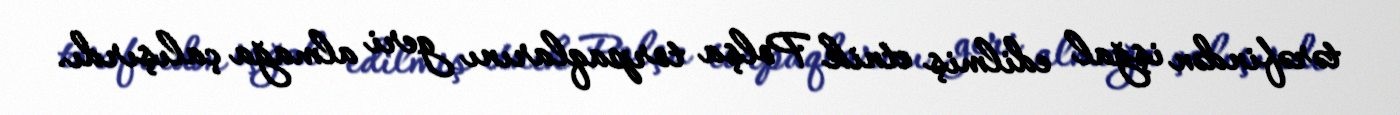
tərəfindən işğal edilmiş etnik Polşa torpaqlarını geri almağa çalışırdı.